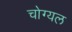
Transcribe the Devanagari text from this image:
चोग्यल